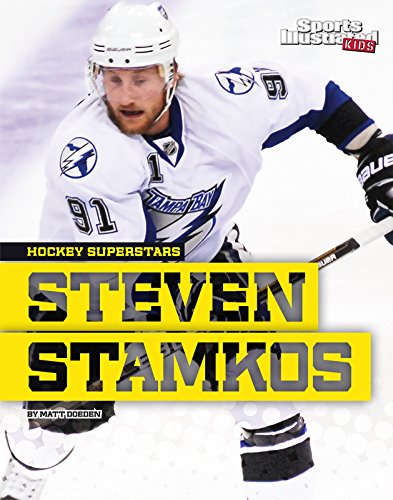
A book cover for Steven Stamkos (Hockey Superstars); Matt Doeden; Children's Books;